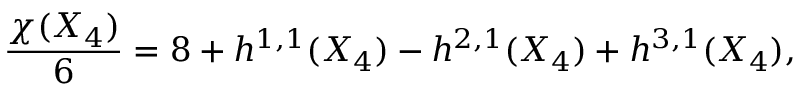
{ \frac { \chi ( X _ { 4 } ) } { 6 } } = 8 + h ^ { 1 , 1 } ( X _ { 4 } ) - h ^ { 2 , 1 } ( X _ { 4 } ) + h ^ { 3 , 1 } ( X _ { 4 } ) ,